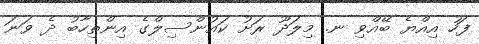
ފަހު އިއްޔެ ބޭއްވި ނ. މިލަދޫ ރަށު ކައުންސިލްގެ އިންތިހާބު ދެ ވަނަ